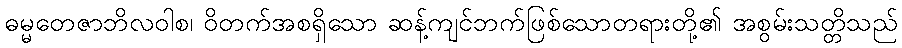
ဓမ္မတေဇာဘိလဝါစ၊ ဝိတက်အစရှိသော ဆန့်ကျင်ဘက်ဖြစ်သောတရားတို့၏ အစွမ်းသတ္တိသည်